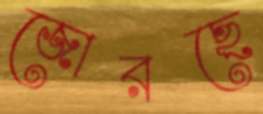
জোরছে